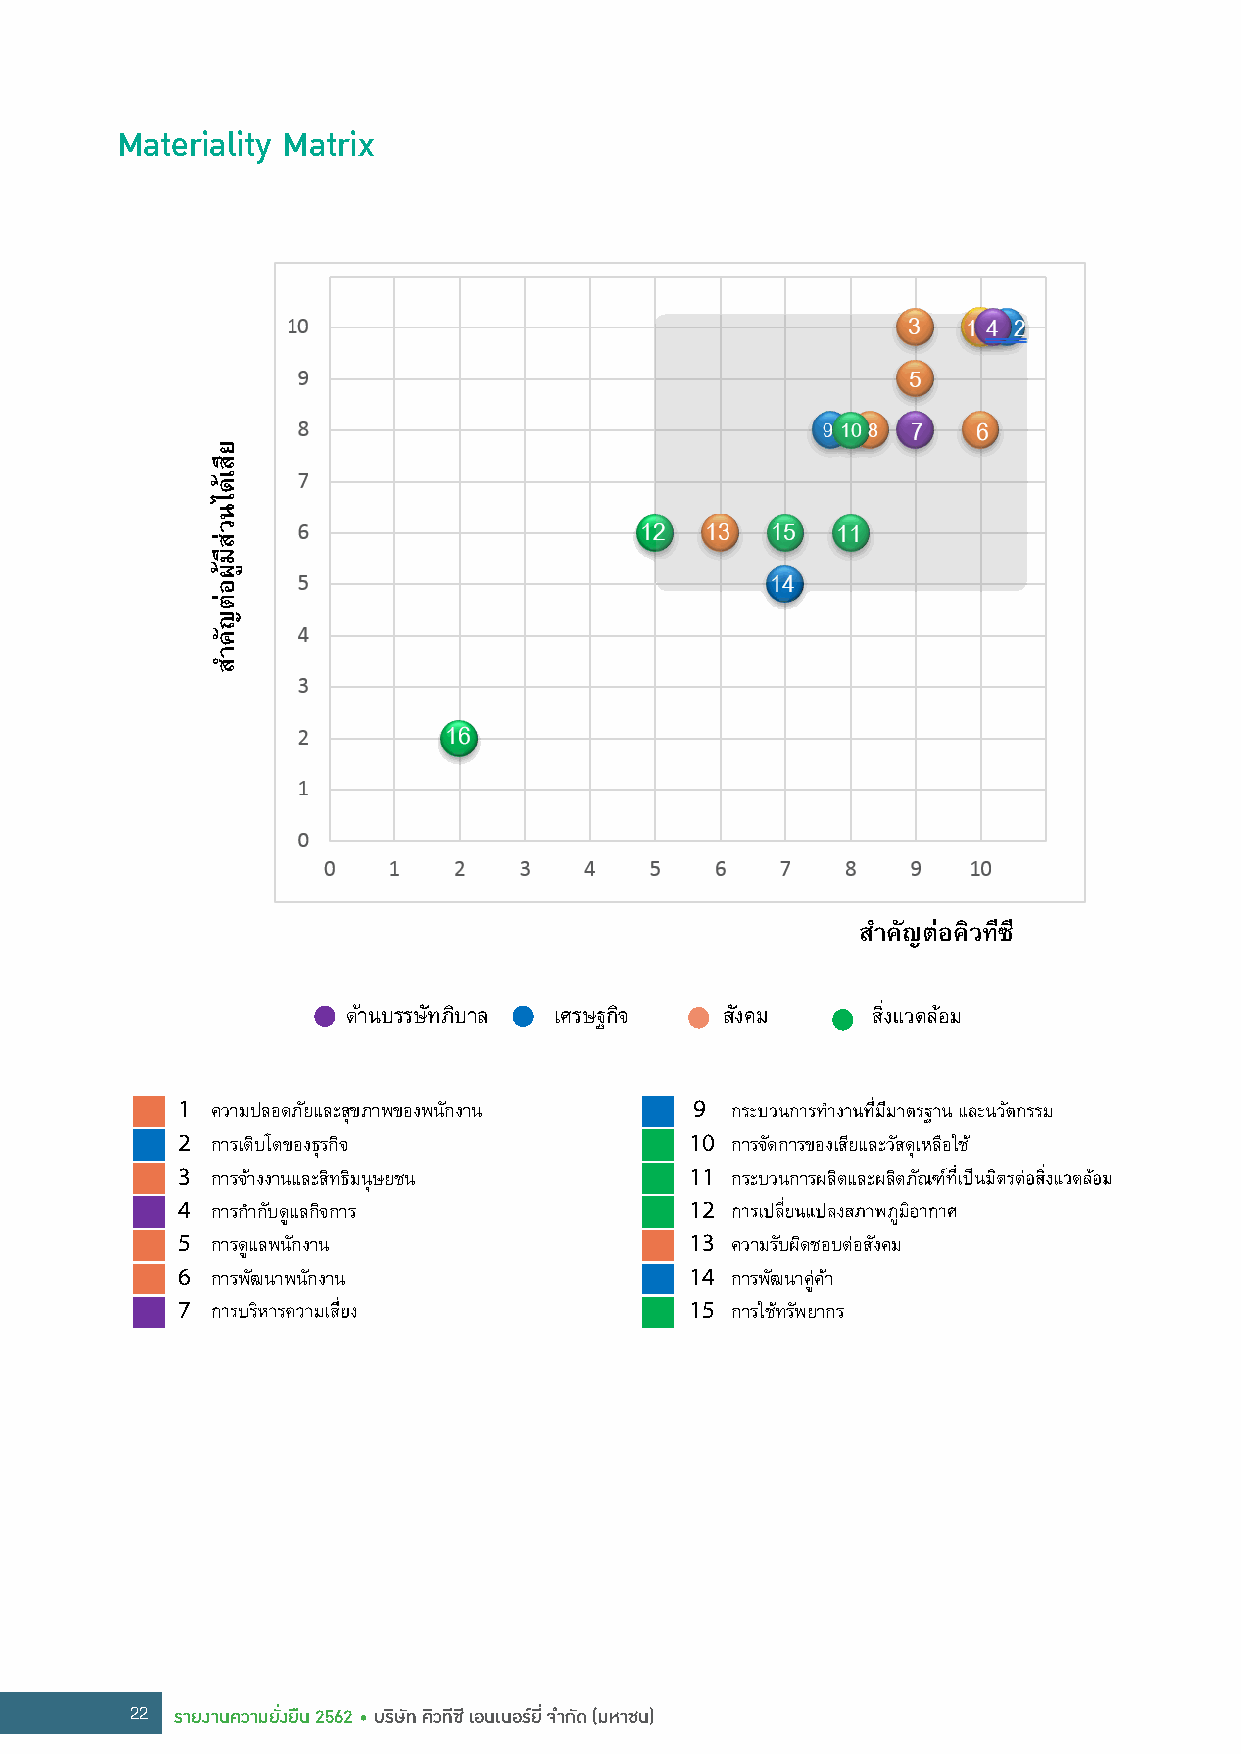
Materiality Matrix
 สำคัญตอคิวทีซี
 ดา นบรรษทั ภบิ าล เศรษฐกจิ สงั คม
 1 ความปลอดภยั และสขุ ภาพของพนกั งาน 9
 2 การเตบิ โตของธรุ กจิ            10 การจดั การของเสยี และวสั ดเุหลอื ใช
 3 การจา งงานและสทิ ธมิ นุษยชน    11 กระบวนการผลติ และผลติ ภณั ฑ
 4 การกาํ กบั ดแู ลกจิ การ         12
 5 การดแู ลพนกั งาน                13 ความรบั ผดิ ชอบตอ สงั คม
 6 การพฒั นาพนกั งาน               14 การพฒั นาคคู า
 7                                 15 การใชท รพั ยากร
 22 รายงานความยั่งยืน 2562 • บริษัท คิวทีซี เอนเนอร์ยี่ จ�ากัด (มหาชน)
 ยสี
 เด
 ไนวส
 มี
 ผู
 อต
 ญคั
 ำส